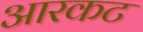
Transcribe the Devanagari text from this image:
आरकट